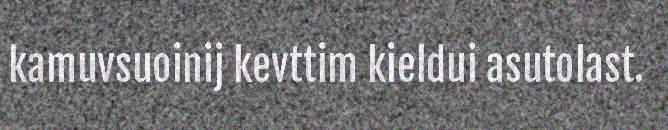
kamuvsuoinij kevttim kieldui asutolast.